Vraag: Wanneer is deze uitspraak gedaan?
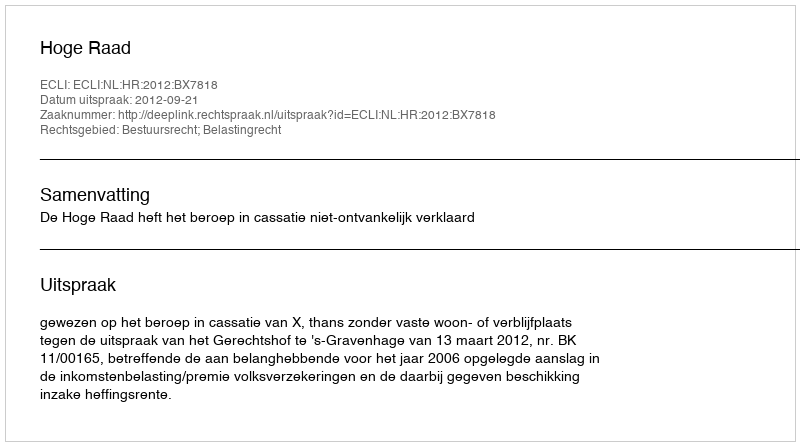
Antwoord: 2012-09-21